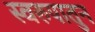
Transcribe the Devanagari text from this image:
स्वरुपातुन